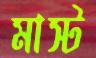
মাস্ট